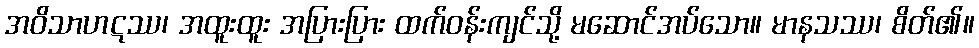
အဝိသာဟဋဿ၊ အထူးထူး အပြားပြား ထက်ဝန်းကျင်သို့ မဆောင်အပ်သော။ မာနသဿ၊ စိတ်၏။